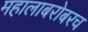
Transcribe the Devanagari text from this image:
महालाबरोबरच